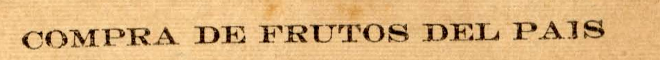
COMPRA DE FRUTOS DEL PAIS